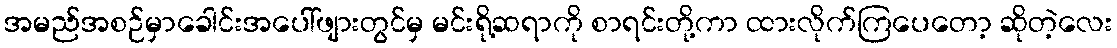
အမည်အစဉ်မှာခေါင်းအပေါ်ဖျားတွင်မှ မင်းရို့ဆရာကို စာရင်းတို့ကာ ထားလိုက်ကြပေတော့ ဆိုတဲ့လေး